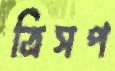
ত্রিসপ